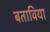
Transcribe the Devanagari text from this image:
बताविया